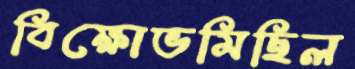
বিক্ষোভমিছিল